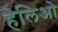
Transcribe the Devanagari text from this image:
हेलिओ